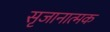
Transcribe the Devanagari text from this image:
सृजानात्मक